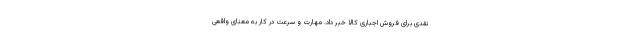
نقدی برای فروش اجباری کالا خبر داد. مهارت و سرعت در کار به معنای واقعی